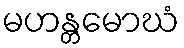
မဟန္တမောဃံ